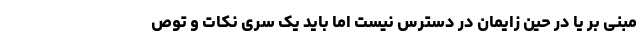
مبنی بر یا در حین زایمان در دسترس نیست اما باید یک سری نکات و توص